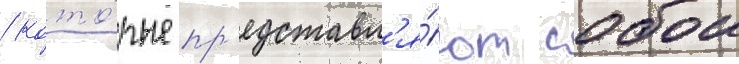
/ кото́рые пр'едставл'я́ют собои